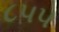
૮૫૫